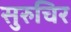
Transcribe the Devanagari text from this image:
सुरुचिर